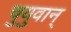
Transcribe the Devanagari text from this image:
चुयुवान्